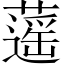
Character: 𦾾